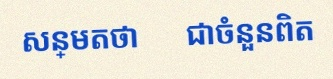
សន្មតថា x ជាចំនួនពិត